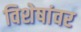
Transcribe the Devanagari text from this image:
विशेषांवर